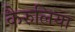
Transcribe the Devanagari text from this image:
कैरुलिया